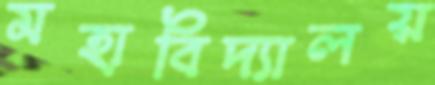
মহাবিদ্যালয়